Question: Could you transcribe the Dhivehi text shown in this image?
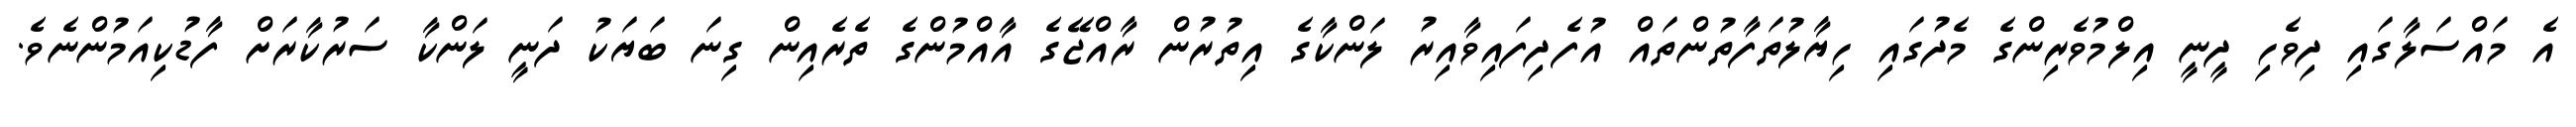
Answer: އެ މައްސަލާގައި ދިވެހި ދީނީ އިލްމުވެރިންގެ މެދުގައި ހިޔާލުތަފާތުންތައް އުފެދިފައިވާއިރު ލަންކާގެ އިތުރުން ރާއްޖޭގެ އާއްމުންގެ ތެރެއިން ގިނަ ބަޔަކު ދަނީ ލަންކާ ސަރުކާރަށް ފާޑުކިއަމުންނެވެ.